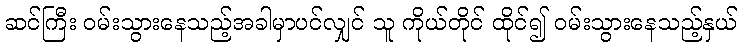
ဆင်ကြီး ဝမ်းသွားနေသည့်အခါမှာပင်လျှင် သူ ကိုယ်တိုင် ထိုင်၍ ဝမ်းသွားနေသည့်နှယ်